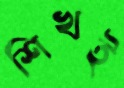
শিখই